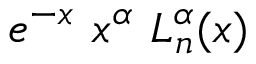
e ^ { - x } \ x ^ { \alpha } \ L _ { n } ^ { \alpha } ( x )